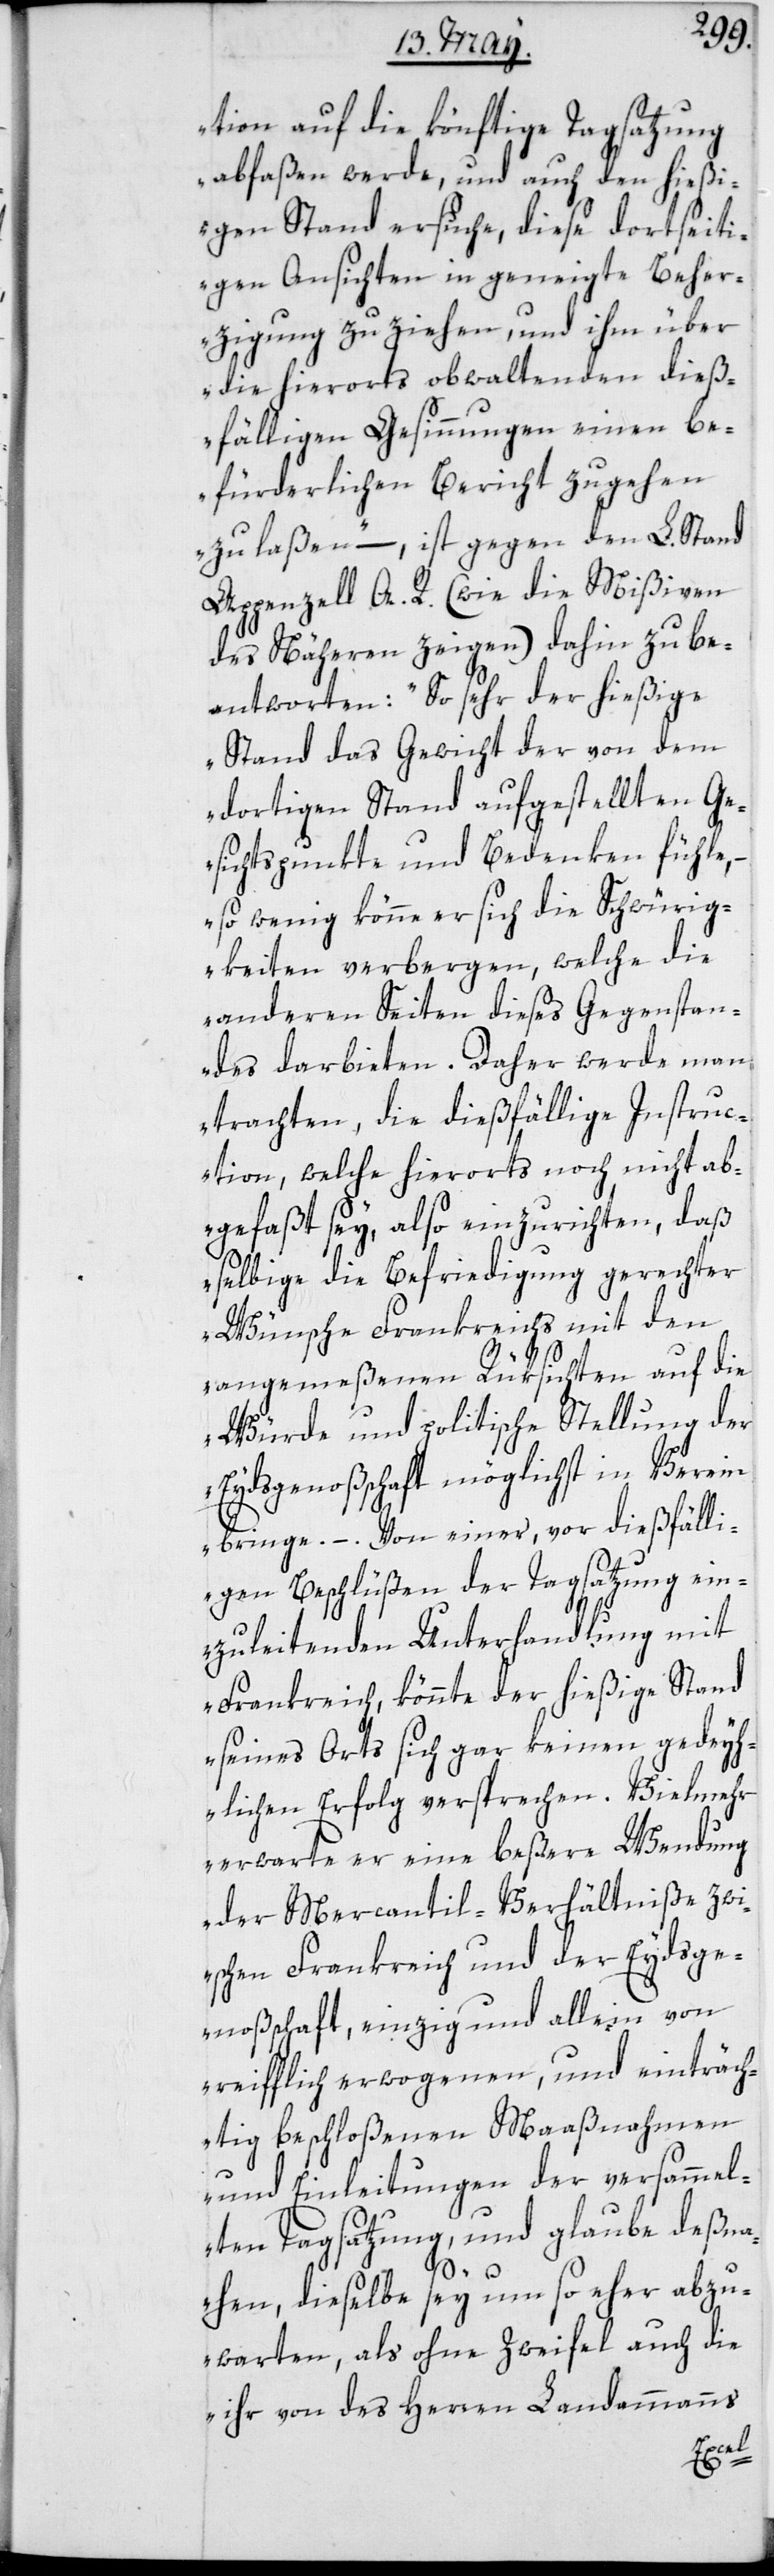
tion auf die könftige Tagsatzung
abfaßen werde, und auch den hießi¬
gen Stand ersuche, diese dortseiti¬
gen Ansichten in geneigte Beher¬
zigung zu ziehen, und ihm über
die hierorts obwaltenden dieß¬
fälligen Gesinnungen einen be¬
fürderlichen Bericht zugehen
zu laßen“, – ist gegen den L. Stand
Appenzell A. R. (wie die Mißiven
des Nähern zeigen) dahin zu be¬
antworten: „So sehr der hießige
Stand das Gewicht der von dem
dortigen stand aufgestellten Ge¬
sichtspunkte und Bedenken fühle,
– so wenig könne er sich die Schwürig¬
keiten verbergen, welche die
anderen Seiten dieses Gegenstan¬
des darbieten. Daher werde man
trachten, die dießfällige Instruc¬
tion, welche hierorts noch nicht ab¬
gefaßt sey, also einzurichten, daß
selbige die Befriedung gerechter
Wünsche Frankreichs mit den
angemeßenen Rüksichten auf die
Würde und politische Stellung der
Eydsgenoßschaft möglichst in Verein
bringe. – Von einer, vor dießfälli¬
gen Beschlüßen der Tagsatzung ein¬
zuleitenden Unterhandlung mit
Frankreich, könnte der hießige Stand
seines Orts sich gar keinen gedeyh¬
lichen Erfolg versprechen. Vielmehr
erwarte er eine beßere Wendung
der Mercantil-Verhältniße zwi¬
schen Frankreich und der Eydsge¬
noßenschaft, einzig und allein von
reiflich erwogenen und einträch¬
tig beschloßenen Maaßnahmen
und Einleitungen der versammel¬
ten Tagsatzung, und glaube deßna¬
hen, dieselbe sey um so eher abzu¬
warten, als ohne Zweifel auch die
ihr von des Herren Landammanns